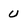
Character: U